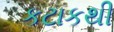
કટાકથી